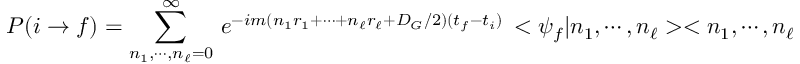
P ( i \rightarrow f ) = \sum _ { n _ { 1 } , \cdots , n _ { \ell } = 0 } ^ { \infty } \, e ^ { - i m ( n _ { 1 } r _ { 1 } + \cdots + n _ { \ell } r _ { \ell } + D _ { G } / 2 ) ( t _ { f } - t _ { i } ) } \, < \psi _ { f } | n _ { 1 } , \cdots , n _ { \ell } > < n _ { 1 } , \cdots , n _ { \ell } | \psi _ { i } > \ \ \ .